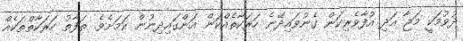
ދުވުމަކީ މަޖާ އަދި އުފާވެރިކަން ގެނުވައިދޭނެ ހަރަކާތެއްކަން އަންގައިދިނުން ކަމަށެވެ. ތަފާތު ހަރަކާތްތަކެއް